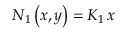
N _ { 1 } \left( x , y \right) = K _ { 1 } \, x